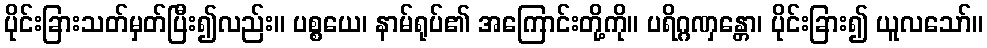
ပိုင်းခြားသတ်မှတ်ပြီး၍လည်း။ ပစ္စယေ၊ နာမ်ရုပ်၏ အကြောင်းတို့ကို။ ပရိဂ္ဂဏှန္တော၊ ပိုင်းခြား၍ ယူလသော်။